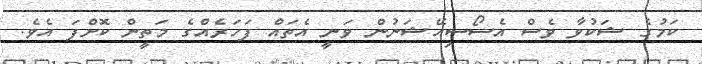
ކަމުގެ ޝަކުވާ ވެސް އެސޯސިއޭޝަނުން ވަނީ އެތައް ފަހަރެއްގެ މަތީން ކޮށްފަ އެވެ.